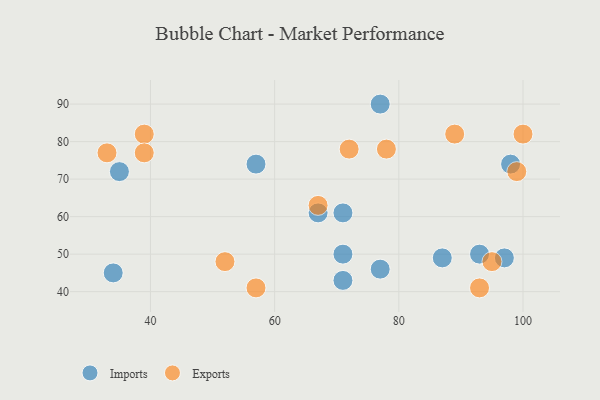
{"axis": {"x": "GDP", "y": "Life Expectancy"}, "legend": ["Exports", "Imports"], "data": [{"x": "97", "y": 49, "type": "Imports"}, {"x": "77", "y": 90, "type": "Imports"}, {"x": "34", "y": 45, "type": "Imports"}, {"x": "77", "y": 46, "type": "Imports"}, {"x": "35", "y": 72, "type": "Imports"}, {"x": "87", "y": 49, "type": "Imports"}, {"x": "57", "y": 74, "type": "Imports"}, {"x": "71", "y": 43, "type": "Imports"}, {"x": "71", "y": 50, "type": "Imports"}, {"x": "98", "y": 74, "type": "Imports"}, {"x": "71", "y": 61, "type": "Imports"}, {"x": "67", "y": 61, "type": "Imports"}, {"x": "93", "y": 50, "type": "Imports"}, {"x": "100", "y": 82, "type": "Exports"}, {"x": "95", "y": 48, "type": "Exports"}, {"x": "39", "y": 82, "type": "Exports"}, {"x": "57", "y": 41, "type": "Exports"}, {"x": "72", "y": 78, "type": "Exports"}, {"x": "78", "y": 78, "type": "Exports"}, {"x": "39", "y": 77, "type": "Exports"}, {"x": "67", "y": 63, "type": "Exports"}, {"x": "99", "y": 72, "type": "Exports"}, {"x": "89", "y": 82, "type": "Exports"}, {"x": "33", "y": 77, "type": "Exports"}, {"x": "93", "y": 41, "type": "Exports"}, {"x": "52", "y": 48, "type": "Exports"}]}